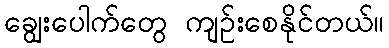
ချွေးပေါက်တွေ ကျဉ်းစေနိုင်တယ်။